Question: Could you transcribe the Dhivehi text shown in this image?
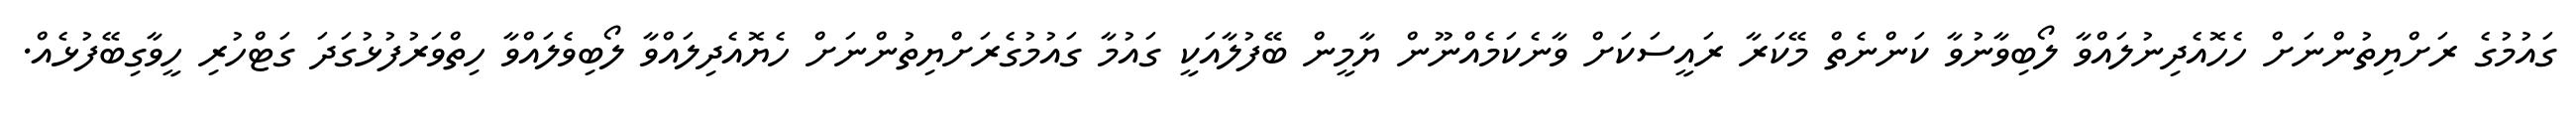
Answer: ގައުމުގެ ރަށްޔިތުންނަށް ހެހޮއެދިނުލައްވާ ލޯބިވާނުވާ ކަންނެތް މޭކަރާ ރައީސަކަށް ވާނެކަމެއްނޫން ޔާމީން ބޭފުލާއަކީ ގައުމާ ގައުމުގެރަށްޔިތުންނަށް ހެޔޮއެދިލައްވާ ލޯބިވެލައްވާ ހިތްވަރުފުޅުގަދަ ގަޓްހުރި ހީވާގިބޭފުޅެއް.